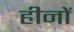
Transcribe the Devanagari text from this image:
हीनों